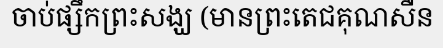
ចាប់ផ្សឹកព្រះសង្ឃ (មានព្រះតេជគុណសឺន